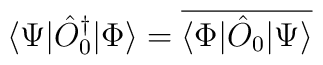
\langle \Psi |\hat O^\dagger_0 | \Phi \rangle=\overline{\langle \Phi |\hat O_0| \Psi \rangle}